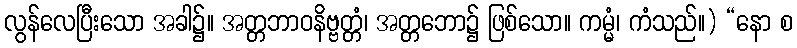
လွန်လေပြီးသော အခါ၌။ အတ္တဘာဝနိဗ္ဗတ္တံ၊ အတ္တဘော၌ ဖြစ်သော။ ကမ္မံ၊ ကံသည်။) “နော စ